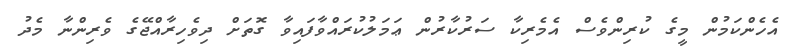
އެެހެންކަމުން މީގެ ކުރިންވެސް އެމެރިކާ ސަރުކާރުން ޢަމަލުކުރައްވާފައިވާ ގޮތަށް ދިވެހިރާއްޖޭގެ ވެރިންނާ މެދު